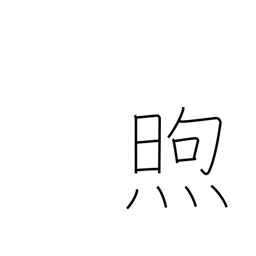
Meaning: warm